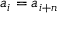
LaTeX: a _ { i } = a _ { i + n }